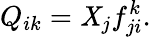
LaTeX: Q_{ik}=\mathit{X}_{j}f_{ji}^{k}.